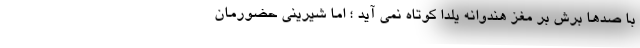
با صدها برش بر مغز هندوانه یلدا کوتاه نمی آید ؛ اما شیرینی حضورمان